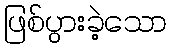
ဖြစ်ပွားခဲ့သော